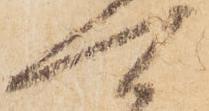
可